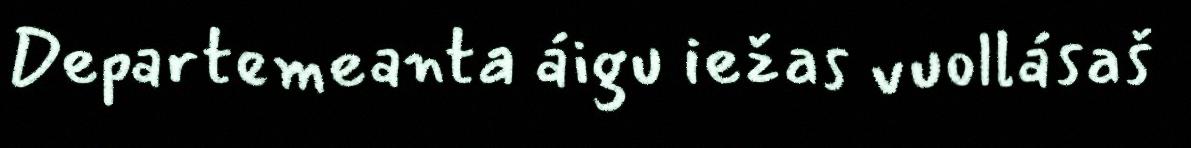
Departemeanta áigu iežas vuollásaš